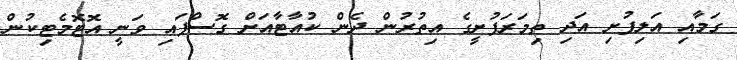
ގަމާއި އަލިފުށި އަދި ތިމަރަފުށީގެ އިތުރުން ދެން ކުއާޓާއަށް ގޮސްފައި ވަނީ އޮޓޮމެޓިކުން